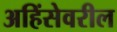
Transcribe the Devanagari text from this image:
अहिंसेवरील